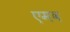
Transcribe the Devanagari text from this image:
एमव